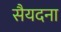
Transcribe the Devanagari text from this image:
सैयदना